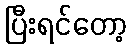
ပြီးရင်တော့